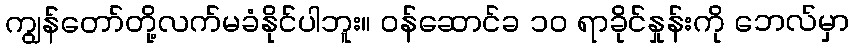
ကျွန်တော်တို့လက်မခံနိုင်ပါဘူး။ ဝန်ဆောင်ခ ၁၀ ရာခိုင်နှုန်းကို ဘေလ်မှာ